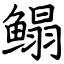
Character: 鳎